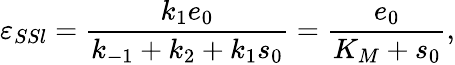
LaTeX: \varepsilon_{SSl}=\frac{k_{1}e_{0}}{k_{-1}+k_{2}+k_{1}s_{0}}=\frac{e_{0}}{K_{M}+s_{0}},